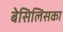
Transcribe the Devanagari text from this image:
बेसिलिसका